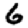
Digit: 6